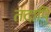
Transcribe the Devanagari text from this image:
तदापि